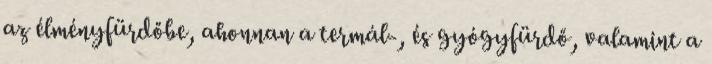
az élményfürdőbe, ahonnan a termál-, és gyógyfürdő, valamint a